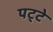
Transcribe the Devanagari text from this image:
पट्‍टे